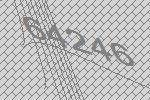
64246